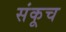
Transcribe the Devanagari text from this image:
संकूच